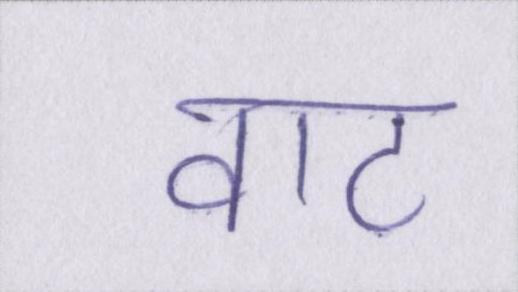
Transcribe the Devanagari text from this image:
वाट